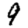
Digit: 9